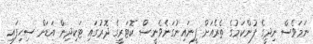
ނަމަވެސް ނިދީގެ ފުންކަމުގެ ތެރެއަށް ފީނައިނުގަނެވެނީސް ކޮޓަރީގެ ދޮރުގައި ޓަކިދިން އަޑަށް ސިހިފައި